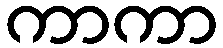
ကာကာ